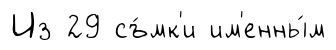
Из 29 съ́мк'и им'енны́м